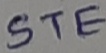
Text: STE